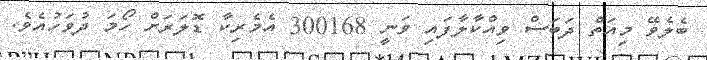
ބެލެވޭ މިއަތް ދަބަސް ވިއްކާލާފައި ވަނީ 300168 އެމެރިކާ ޑޮލަރަށް ހޯމަ ދުވަހުއެވެ.